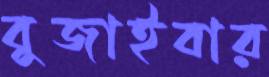
বুজাইবার